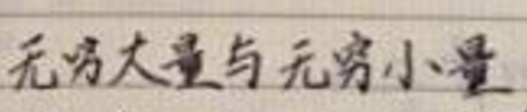
无穷大量与无穷小量